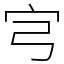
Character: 宆